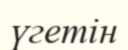
үгетін